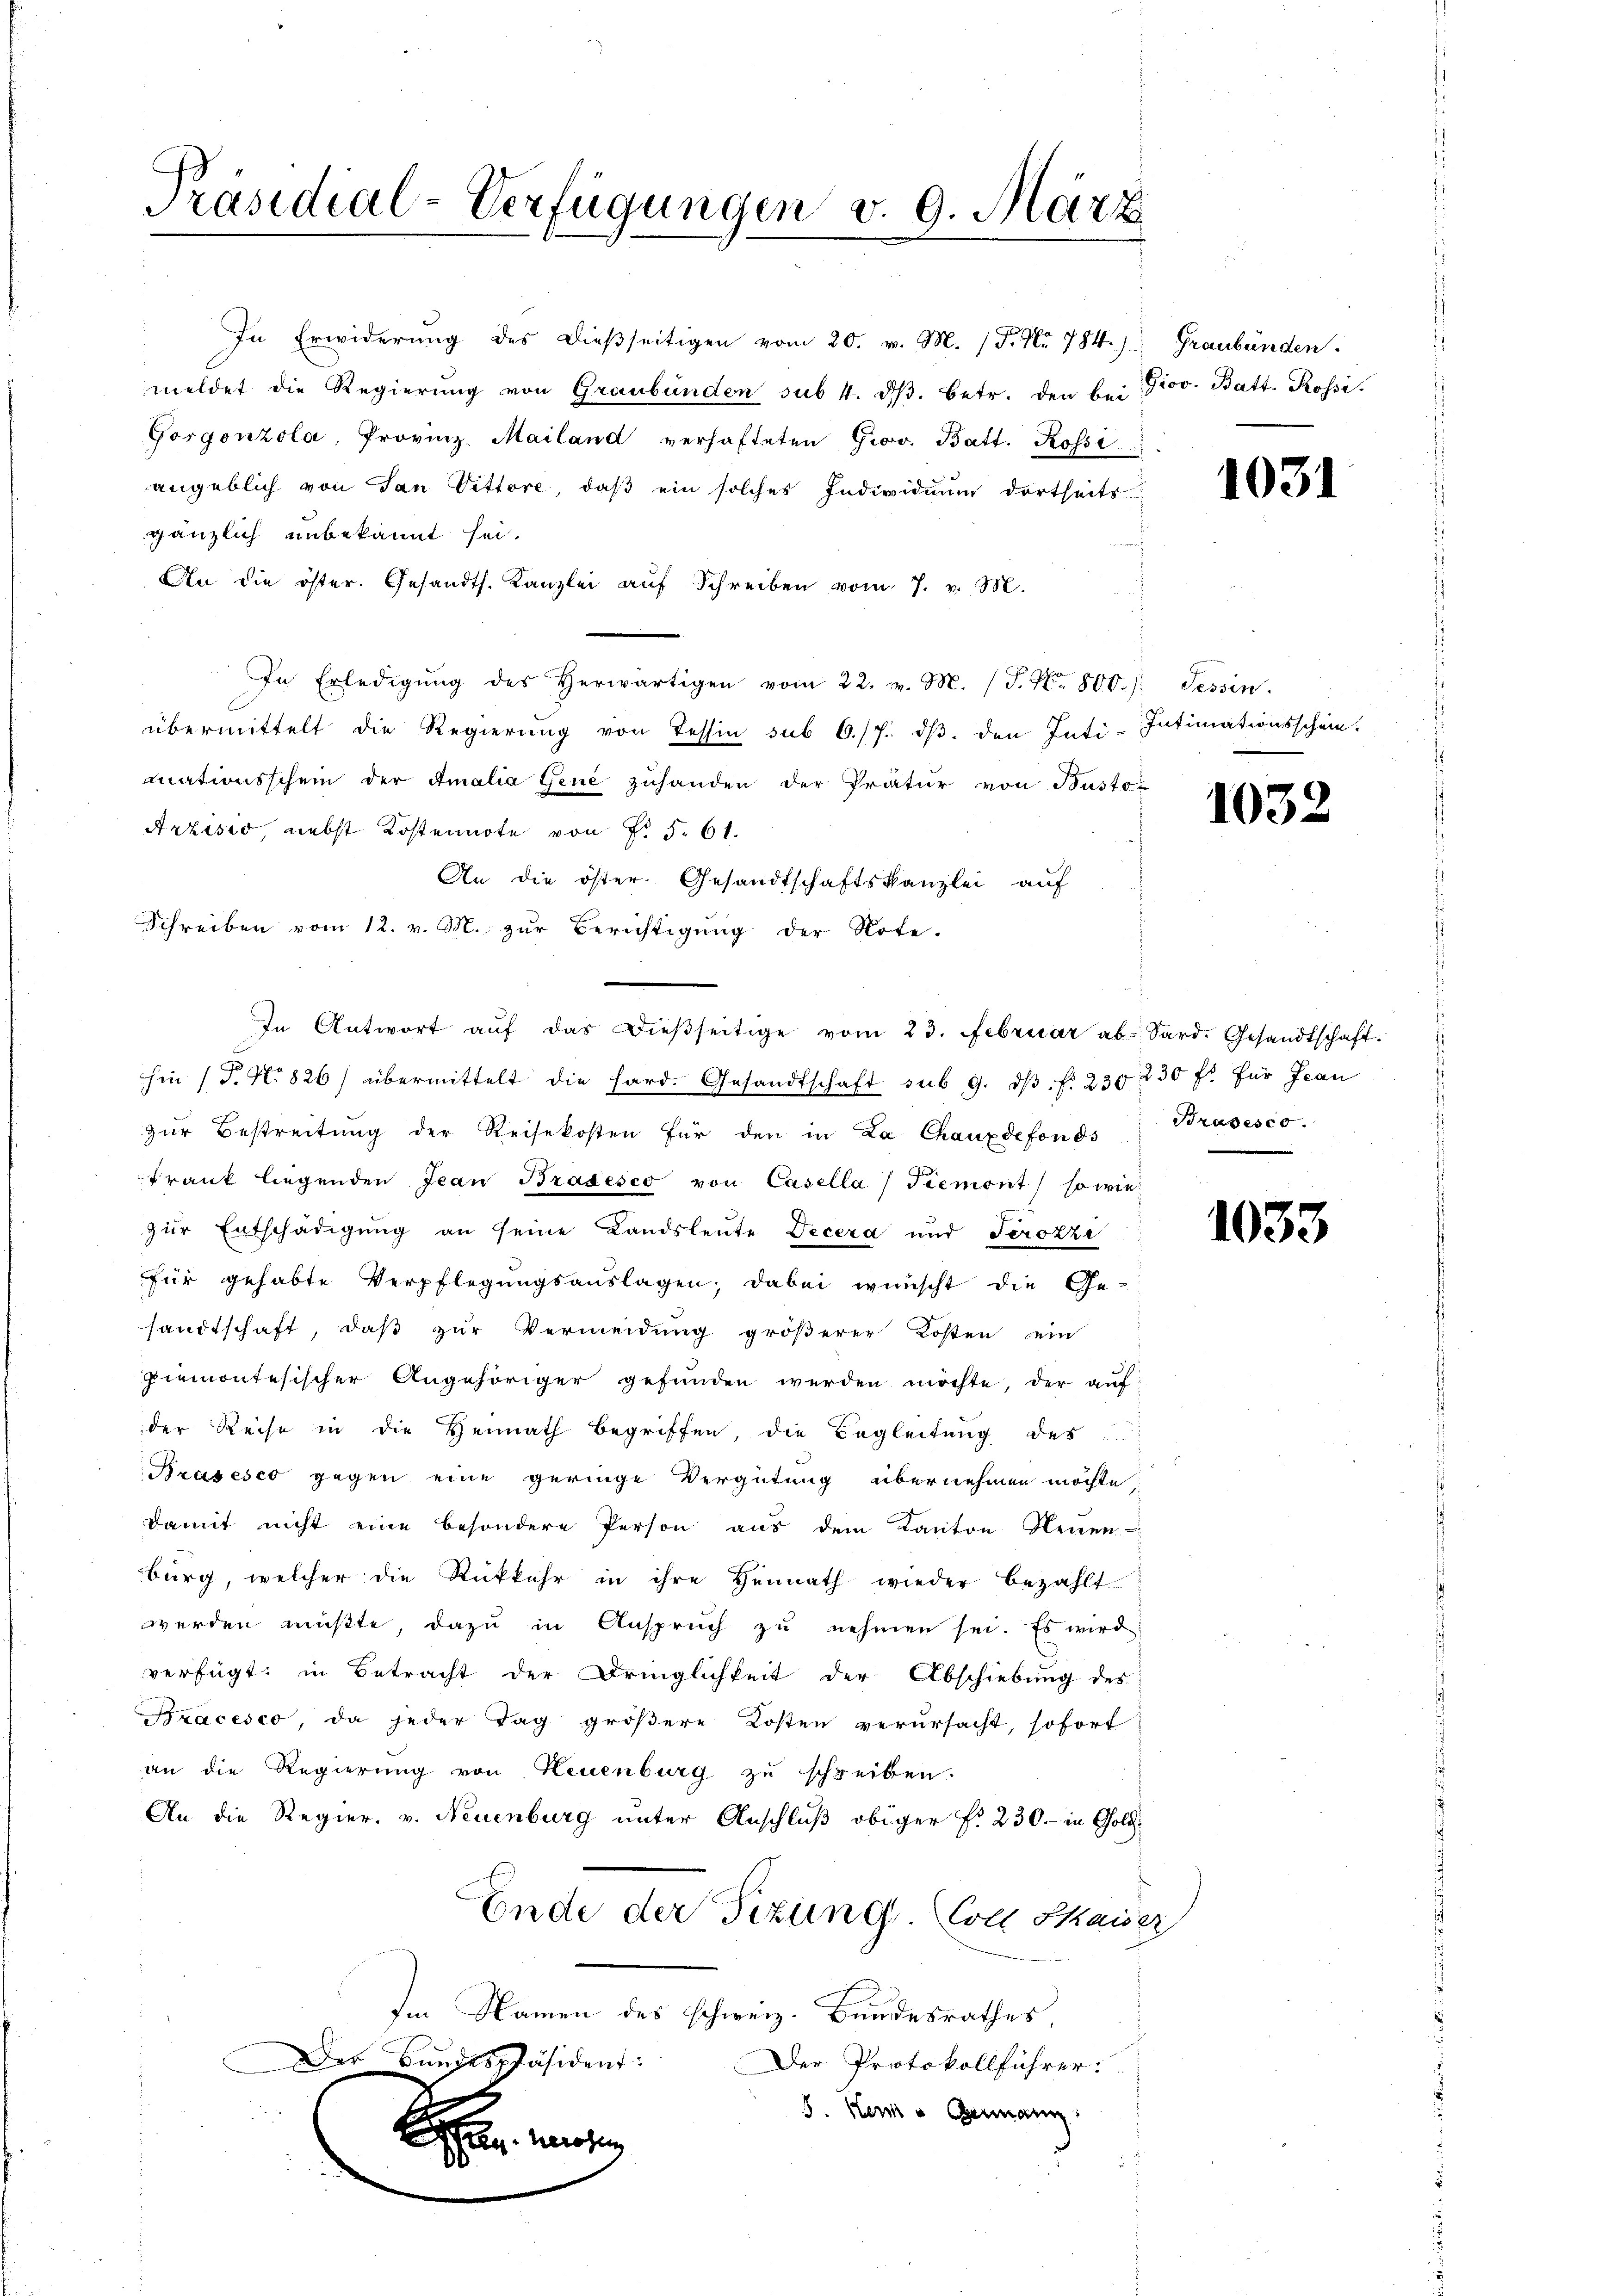
Präsidial-Verfügungen v. 9. März

In Erwiderŭng des dieβseitigen vom 20. v. M. (T. Nr. 784.) Graubünden.
meldet die Regierŭng von Graubünden sub 4. dβ. betr. den bei Giov. Batt. Rossi.
Gorgonzola, Provinz-Mailand verhafteten Grov. Batt. Rossi
angeblich von San Vittore, daß ein solches Individuum dortheits
gänzlich unbekannt sei.
An die öster. Gesandts. Kanzlei aŭf Schreiben vom 7. v. M.
In Erledigŭng des Herwärtigen vom 22. v. M. (T. No. 800. /: Tessin.
übermittelt die Regierung von Tessin sub 6./7. dβ. den Inti-Intimationsschein.
mationsschein der Amalia Gene zuhanden der Prätur von Busto-
Arzises nebst Kostennote von Fr. 5. 61.
An die öster Gesandtschaftskanzlei auf
Schreiben vom 12. v. M. zur Berichtigung der Note.
In Antwort aŭf das Dieβseitige vom 23. Februar ab. Sard. Gesandtschaft.
hin (T. No 826) übermittelt die hard. Gesandtschaft sub 9. dβ f. 230 230 f. für Jean
zŭr Bestreitŭng der Reisekosten für den in La Chauxdefonds
Frank liegenden Jean Brasesco von Casella (Tiemont, so wie
zur Entschädigung an seine Landsleute Decera und Serozzi
für gehabte Verpflegungsauslagen; dabei wünscht die Gesandtschaft, daß zur Vermeidung größerer Kosten ein
piemontesischer Angehöriger gefunden werden möchte, der aŭf
der Reise in die Heimath begriffen, die Begleitŭng der
Prasesco gegen eine geringe Vergütung übernehmen möchte,
damit nicht eine besondere Person aus dem Kanton Neuen
burg, welcher die Rückkehr in ihre Hennath wieder bezahlt
werden müβte, dazu in Anspruch zŭ nehmen sei. Es wird
verfügt: in Betracht der Dringlichkeit der Abschiebung des
Dracesco, da jeder Tag größere Kosten verursacht, sofort
an die Regierung von Neuenburg zu schreiben.
An die Regier. v. Neuenburg unter Anschluß obiger f. 230.- in Gold¬
Ende der Sitzung. Coll Shaiser
Im Namen des schweiz. Bundesrathes,
Der Bundespräsident:
Der Protokollführer:
5. Herr u Genann

1031

1032

Bradesco.

1033